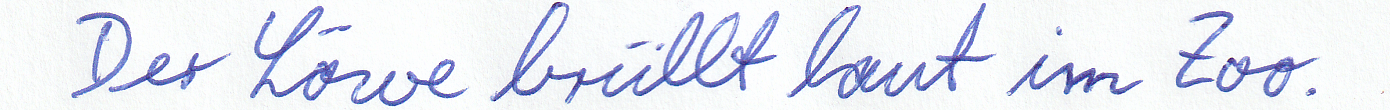
Der Löwe brüllt laut im Zoo.